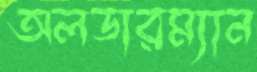
অলডারম্যান